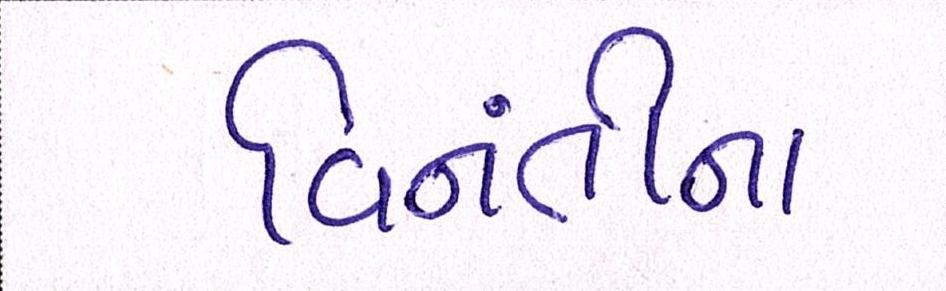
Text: વિનંતીના